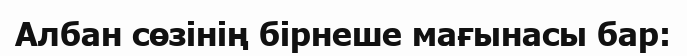
Албан сөзінің бірнеше мағынасы бар: